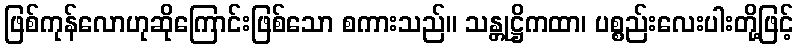
ဖြစ်ကုန်လောဟုဆိုကြောင်းဖြစ်သော စကားသည်။ သန္တုဋ္ဌိကထာ၊ ပစ္စည်းလေးပါးတို့ဖြင့်